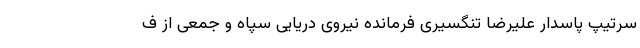
سرتیپ پاسدار علیرضا تنگسیری فرمانده نیروی دریایی سپاه و جمعی از ف